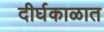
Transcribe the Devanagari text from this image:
दीर्घकाळात